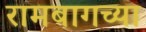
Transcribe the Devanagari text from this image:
रामबागच्या